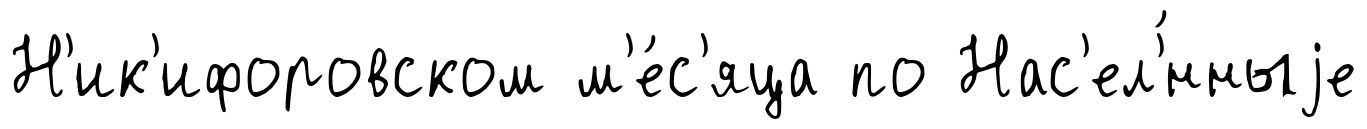
Н'ик'ифоровском м'е́с'яца по Нас'ел'́нныjе